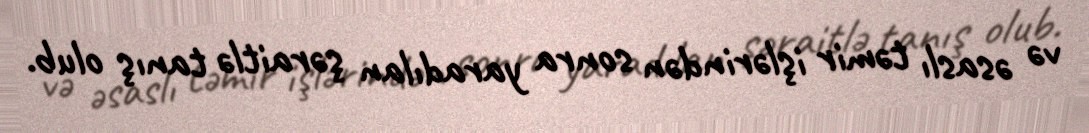
və əsaslı təmir işlərindən sonra yaradılan şəraitlə tanış olub.